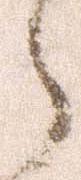
之